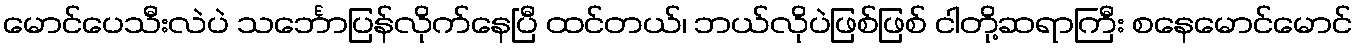
မောင်ပေသီးလဲပဲ သင်္ဘောပြန်လိုက်နေပြီ ထင်တယ်၊ ဘယ်လိုပဲဖြစ်ဖြစ် ငါတို့ဆရာကြီး စနေမောင်မောင်